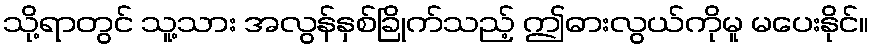
သို့ရာတွင် သူ့သား အလွန်နှစ်ခြိုက်သည့် ဤဓားလွယ်ကိုမူ မပေးနိုင်။